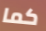
كما